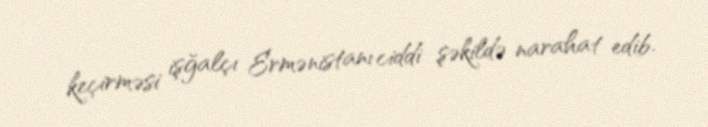
keçirməsi işğalçı Ermənistanı ciddi şəkildə narahat edib.